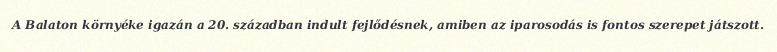
A Balaton környéke igazán a 20. században indult fejlődésnek, amiben az iparosodás is fontos szerepet játszott.